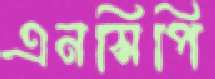
এনসিপি